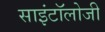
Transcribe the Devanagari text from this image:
साइंटॉलोजी